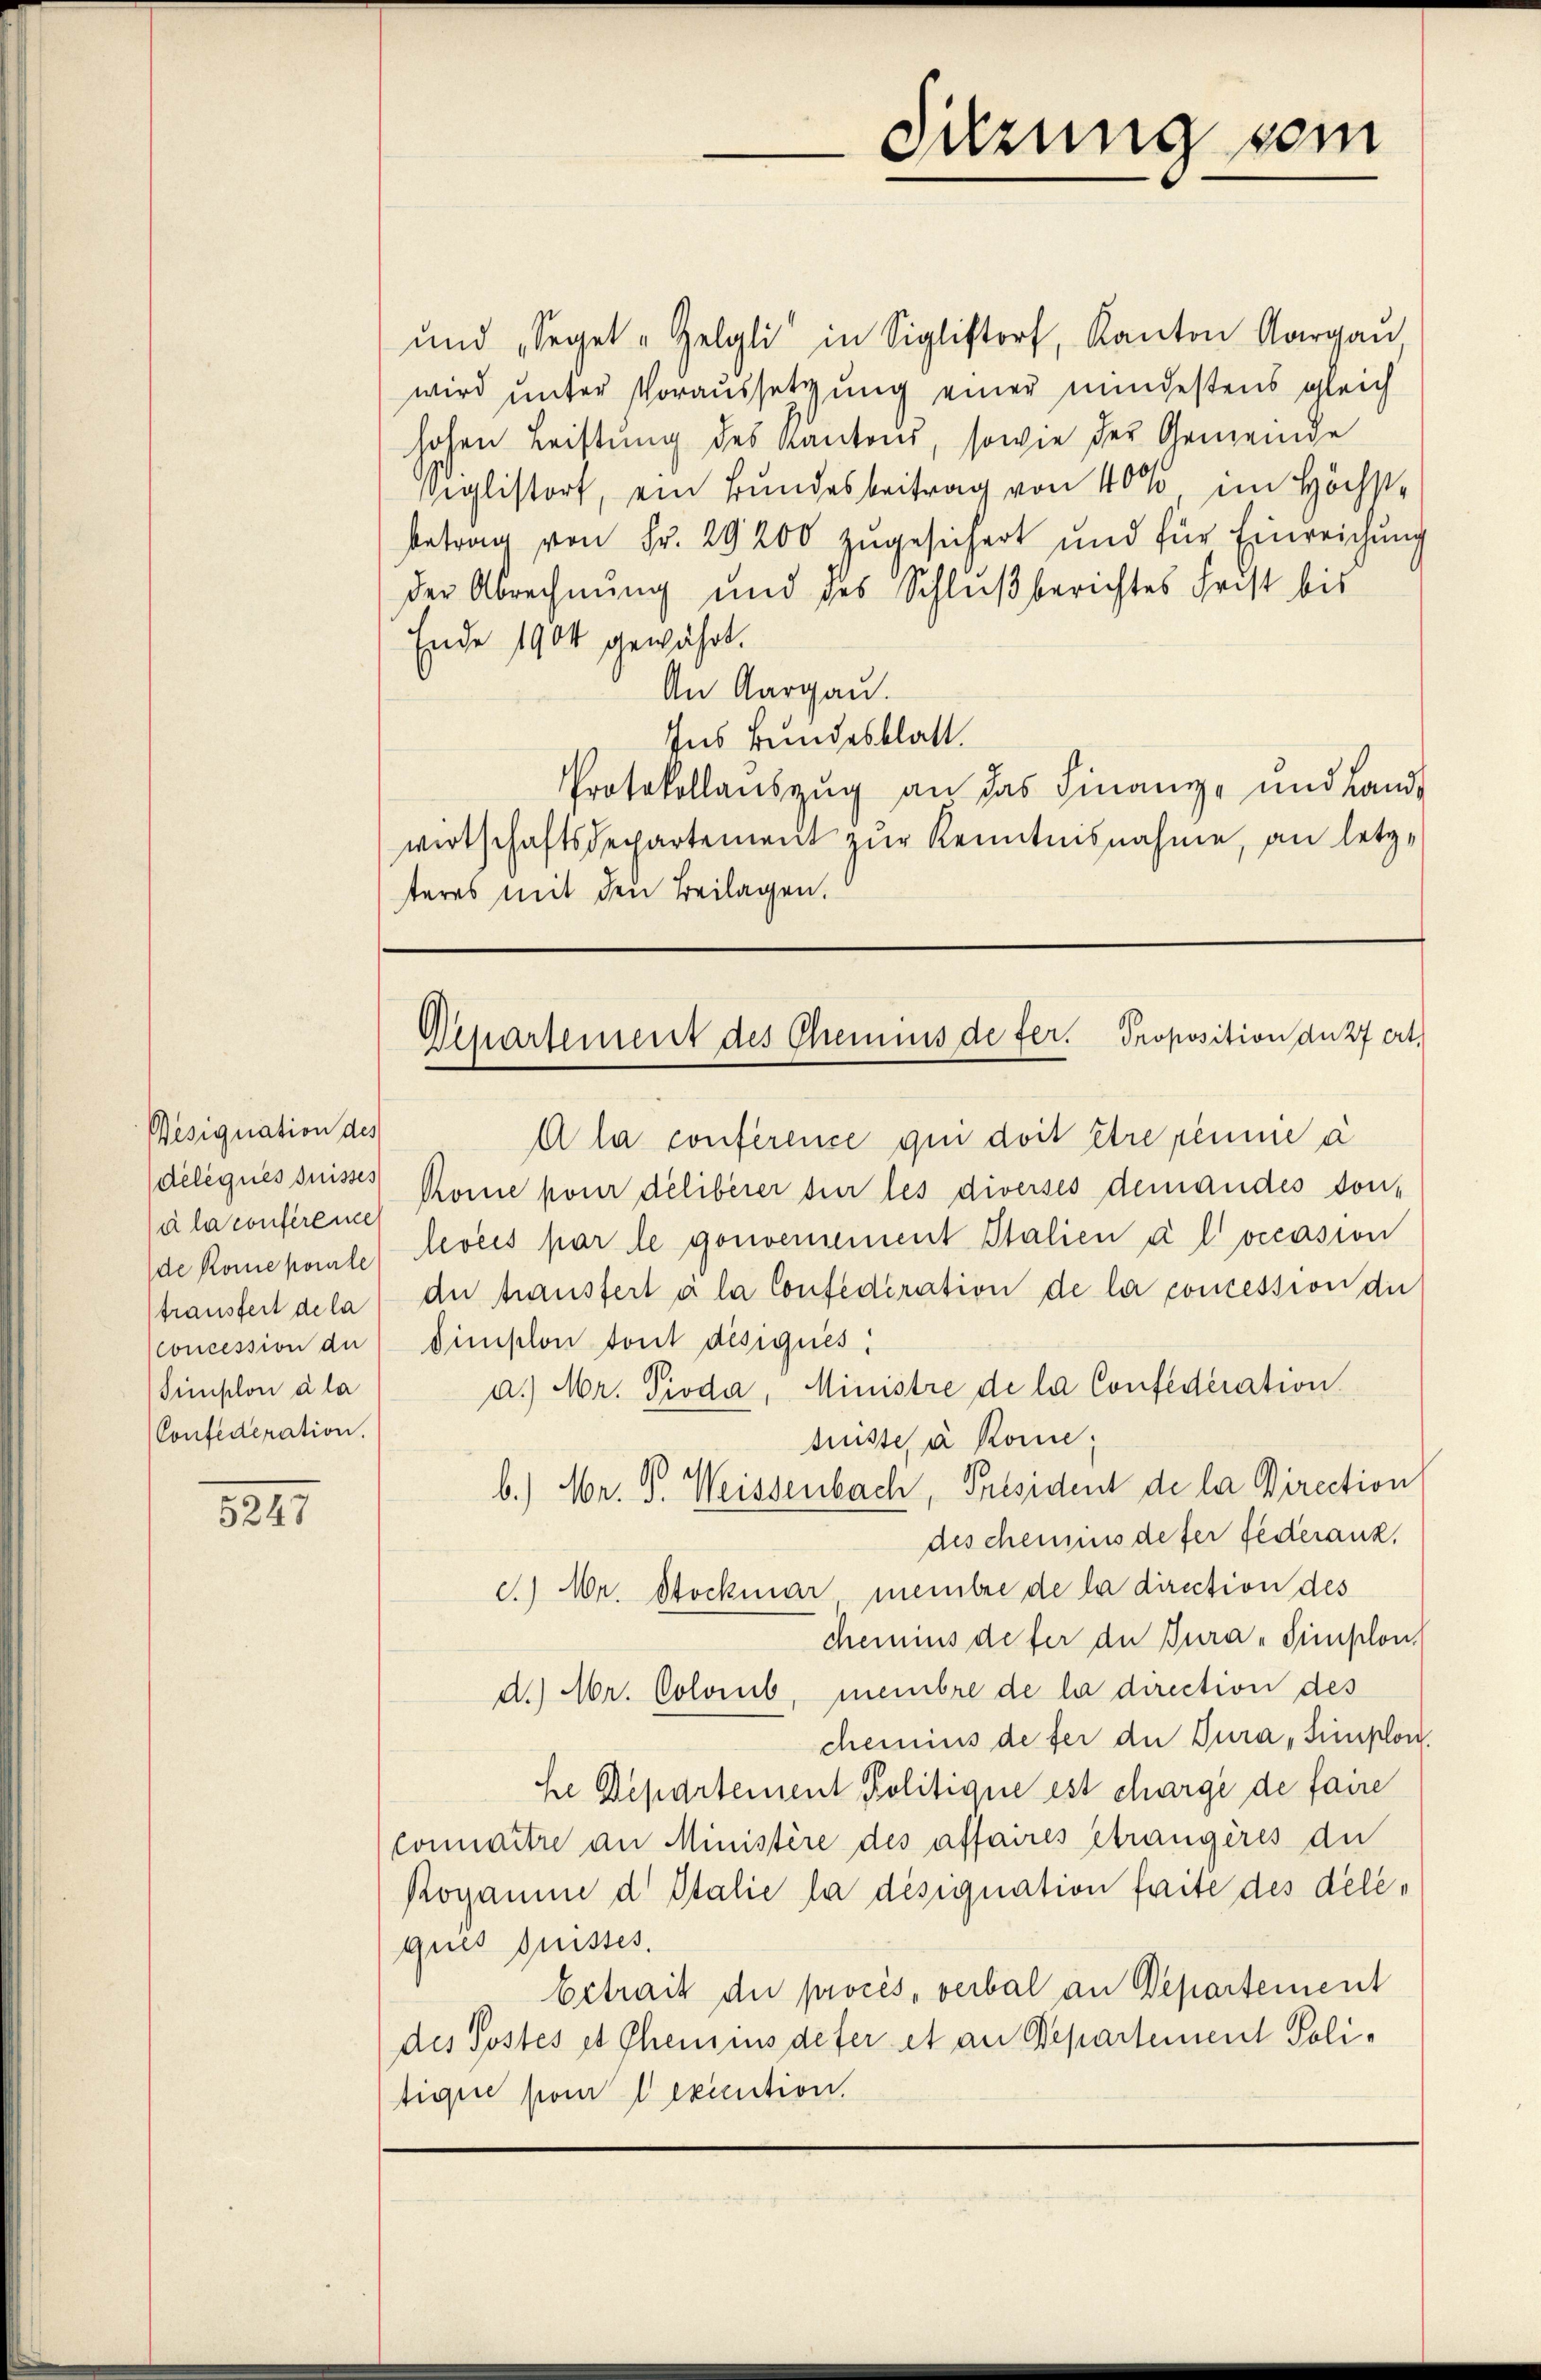
Vesignation des
deliques puisses
a la conferene
de Rome porte
trausfert de la
concession der
Simplon a la
Confederation.

8241

und „Seget-Zelgli in Siglistorf, Kanton Aargau
wird unter Voraussetzung einer mindestens gleich
hohen Leistung des Kantons, sowie der Gemeinde
Veglistort, ein Bundesbeitrag von 40% im Höchstbetrag von Fr. 29200 zugesichert und für Einreichung
der Abrechnung und des Schlußberichtes Frist bis
Ende 1904 gewährt.
An Aargau.
Ins Bundesblatt.
Protokollauszug an das Finanz- und Land
wirtschaftsdepartement zŭr Kenntnisnahme, an letzteres mit den Beilagen.

Qipartement des Chemnis de fer. Proposition du 27 ert

Suzung sein

A la conférence qui doit être piume a
Rome pour délibérer sur les diverses demandes son-
levées par le gonoemement Stalien à l’occasion
der Hausfert a la Confederation de la concession die
dimplon tout desiques.
a.) Mr. Pioda, Ministre de la Confederation
fristes à könne;
b.) Mr. G. Weissenbach, President de la Direction
des chemnis defer Federanz,
c) Mr. Stockmar membre de la direction des
chemins defer de Tura-Simplon.
d.) Mr. Colomb, membre de la direction des
cheinius de fer die Dura, Simplon.
he Departement Politique est chargé de faire
Connaitre an Ministère des affaires étrangères die
Rogamie d Italie la désignation faite des deleques puisses.
betrait die procès, verbal an Departement
des Postes et Chemins defer et an Departement Politique pour execution.